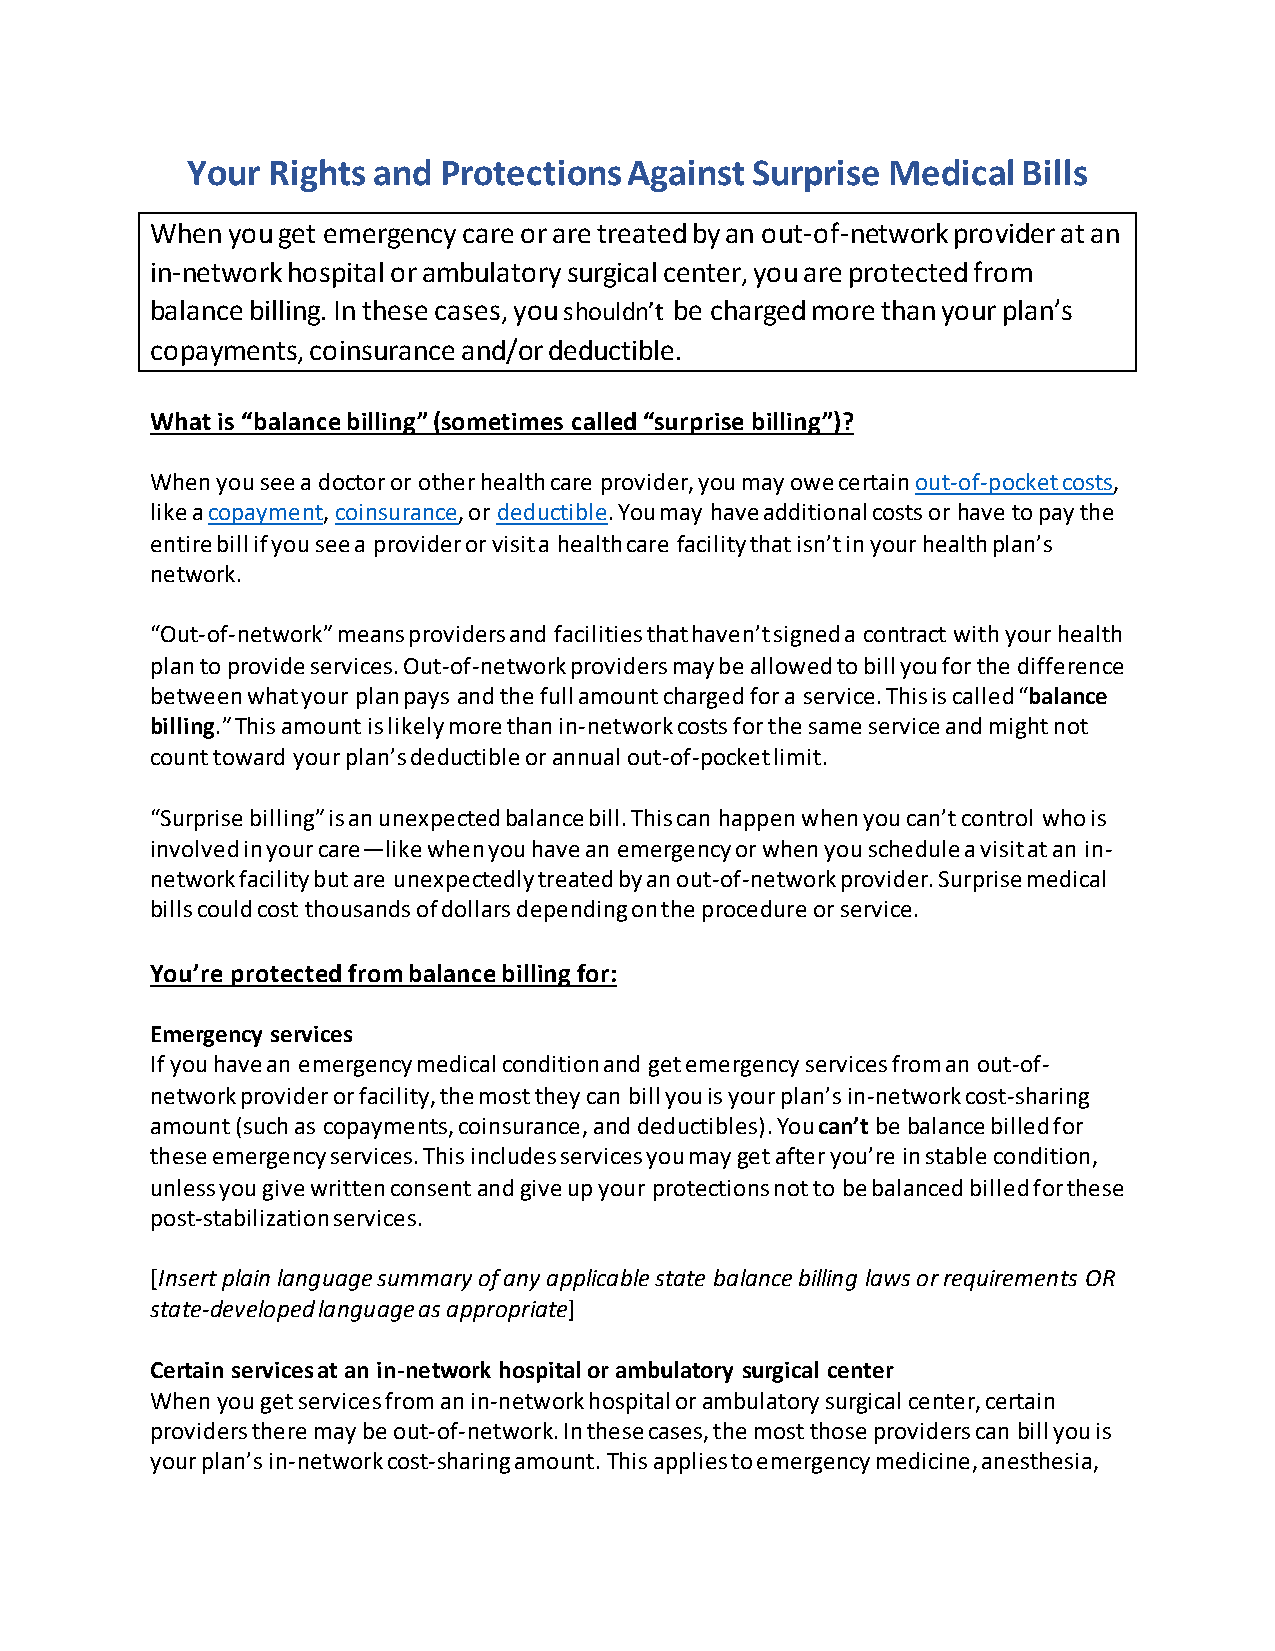
Your  Rights and Protections Against  Surprise Medical  Bills
 When you get emergency care or are treated by an out-of-network provider at an
 in-network hospital or ambulatory surgical center, you are protected from
 balance billing. In these cases, you shouldn’t be charged more than your plan’s
 copayments, coinsurance and/or deductible.
 What is “balance billing” (sometimes called “surprise billing”)?
 When you see a doctor or other health care provider, you may owe certain out-of-pocket costs,
 like a copayment, coinsurance, or deductible. You may have additional costs or have to pay the
 entire bill if you see a provider or visit a health care facility that isn’t in your health plan’s
 network.
 “Out-of-network” means providers and facilities that haven’t signed a contract with your health
 plan to provide services. Out-of-network providers may be allowed to bill you for the difference
 between what your plan pays and the full amount charged for a service. This is called “balance
 billing.” This amount is likely more than in-network costs for the same service and might not
 count toward your plan’s deductible or annual out-of-pocket limit.
 “Surprise billing” is an unexpected balance bill. This can happen when you can’t control who is
 involved in your care—like when you have an emergency or when you schedule a visit at an in-
 network facility but are unexpectedly treated by an out-of-network provider. Surprise medical
 bills could cost thousands of dollars depending on the procedure or service.
 You’re protected from balance billing for:
 Emergency services
 If you have an emergency medical condition and get emergency services from an out-of-
 network provider or facility, the most they can bill you is your plan’s in-network cost-sharing
 amount (such as copayments, coinsurance, and deductibles). You can’t be balance billed for
 these emergency services. This includes services you may get after you’re in stable condition,
 unless you give written consent and give up your protections not to be balanced billed for these
 post-stabilization services.
 [Insert plain language summary of any applicable state balance billing laws or requirements OR
 state-developed language as appropriate]
 Certain services at an in-network hospital or ambulatory surgical center
 When you get services from an in-network hospital or ambulatory surgical center, certain
 providers there may be out-of-network. In these cases, the most those providers can bill you is
 your plan’s in-network cost-sharing amount. This applies to emergency medicine, anesthesia,